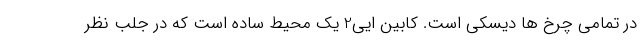
در تمامی چرخ ها دیسکی است. کابین ایی2 یک محیط ساده است که در جلب نظر